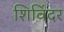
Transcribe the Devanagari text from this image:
शिविंदर